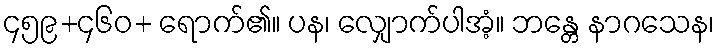
၄၅၉+၄၆၀+ ရောက်၏။ ပန၊ လျှောက်ပါအံ့။ ဘန္တေ နာဂသေန၊